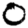
Digit: 0